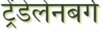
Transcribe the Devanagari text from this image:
ट्रेंडेलेनबर्ग